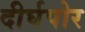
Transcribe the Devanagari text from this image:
दीर्घपोर